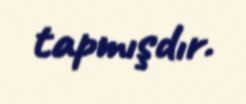
tapmışdır.